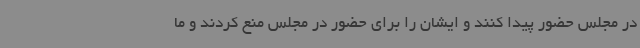
در مجلس حضور پیدا کنند و ایشان را برای حضور در مجلس منع کردند و ما